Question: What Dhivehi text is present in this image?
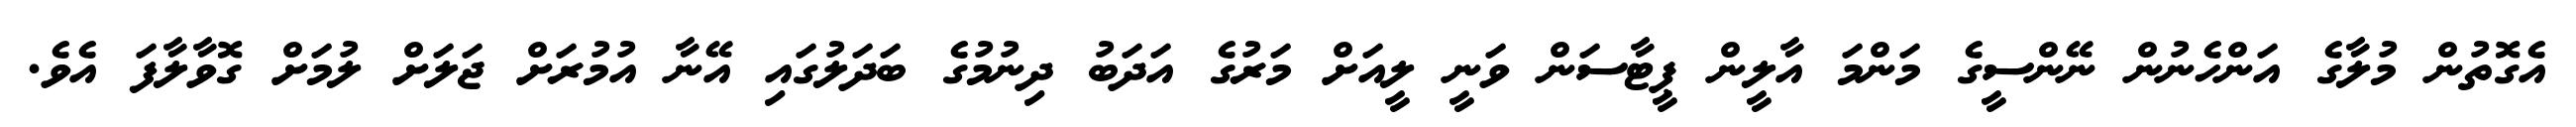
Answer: އެގޮތުން މުލާގެ އަންހެނުން ނޭންސީގެ މަންމަ އާލީން ޕީޓާސަން ވަނީ ލީއަށް މަރުގެ އަދަބު ދިނުމުގެ ބަދަލުގައި އޭނާ އުމުރަށް ޖަލަށް ލުމަށް ގޮވާލާފަ އެވެ.